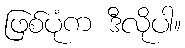
ဖြစ်ပုံက ဒီလိုပါ။